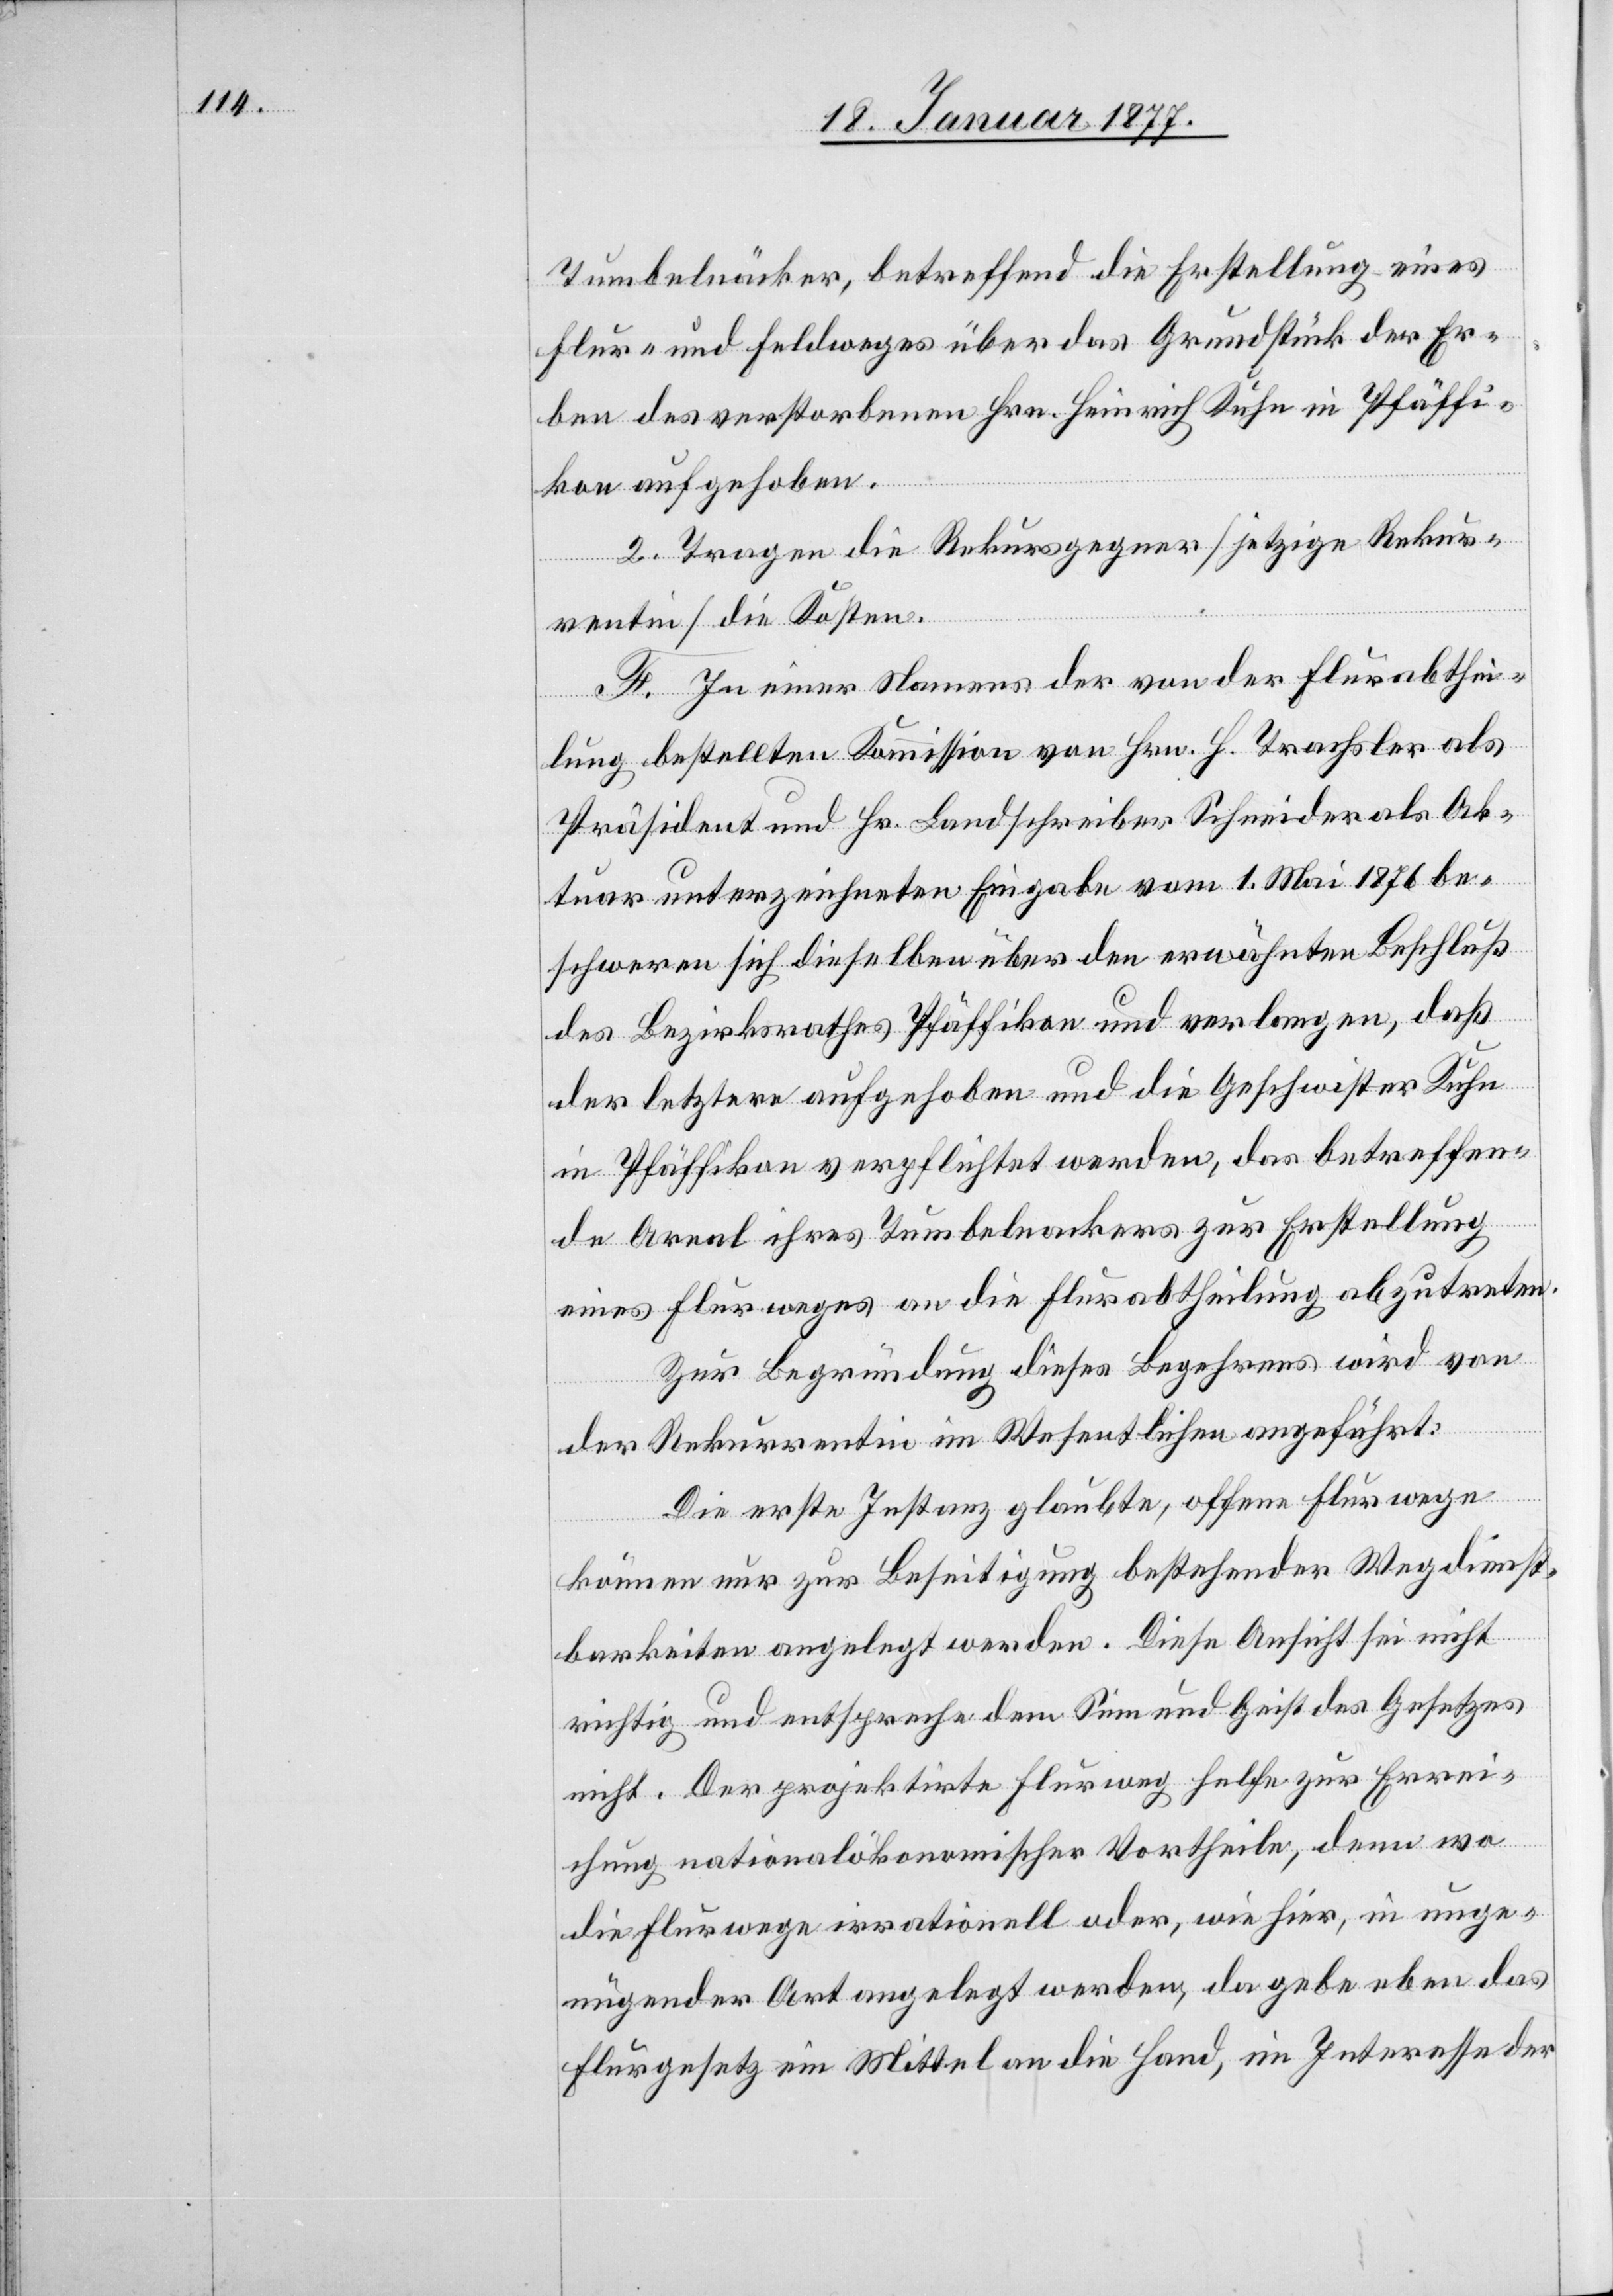
Tumbeläcker, betreffend die Erstellung eines
Flur- und Feldweges über das Grundstück der Er¬
ben des verstorbenen Hrn. Heinrich Kuhn in Pfäffi¬
kon aufgehoben.
2. Tragen die Rekursgegner [jetzige Rekur¬
rentin] die Kosten.
F. In einer Namens der von der Flurabthei¬
lung bestellten Kommission von Hrn. H. Trachsler als
Präsident und Hr. Landschreiber Schneider als Ak¬
tuar unterzeichneten Eingabe vom 1. Mai 1876 be¬
schweren sich dieselben über den erwähnten Beschluß
des Bezirksrathes Pfäffikon und verlangen, daß
der letztere aufgehoben und die Geschwister Kuhn
in Pfäffikon verpflichtet werden, das betreffen¬
de Areal ihres Tumbelackers zur Erstellung
eines Flurweges an die Flurabtheilung abzutreten.
Zur Begründung dieses Begehrens wird von
der Rekurrentin im Wesentlichen angeführt:
Die erste Instanz glaubte, offene Flurwege
können nur zur Beseitigung bestehender Wegdienst¬
barkeiten angelegt werden. Diese Ansicht sei nicht
richtig und entspreche dem Sinn und Geist des Gesetzes
nicht. Der projektirte Flurweg helfe zur Errei¬
chung nationalökonomischer Vortheile, denn wo
die Flurwege irrationell oder, wie hier, in unge¬
nügender Art angelegt werden, da gebe eben das
Flurgesetz ein Mittel an die Hand im Interesse der